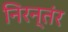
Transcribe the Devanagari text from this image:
निरन्तंर